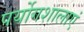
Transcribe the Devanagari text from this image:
पर्योगशालाएं